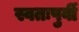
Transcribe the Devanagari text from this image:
स्वतःपुर्वी